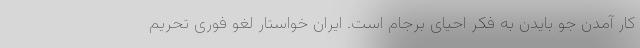
کار آمدن جو بایدن به فکر احیای برجام است. ایران خواستار لغو فوری تحریم